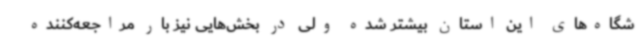
شگاه‌های این استان بیشتر شده ولی در بخش‌هایی نیز بار مراجعه‌کننده